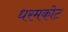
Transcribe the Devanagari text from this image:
धरमकोट